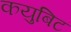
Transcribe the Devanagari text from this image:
कयुबिट